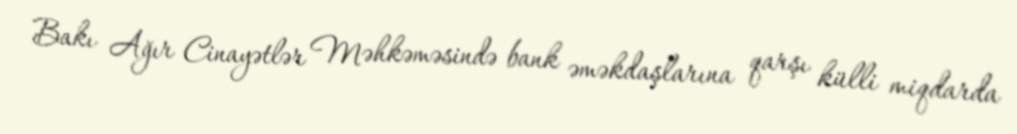
Bakı Ağır Cinayətlər Məhkəməsində bank əməkdaşlarına qarşı külli miqdarda